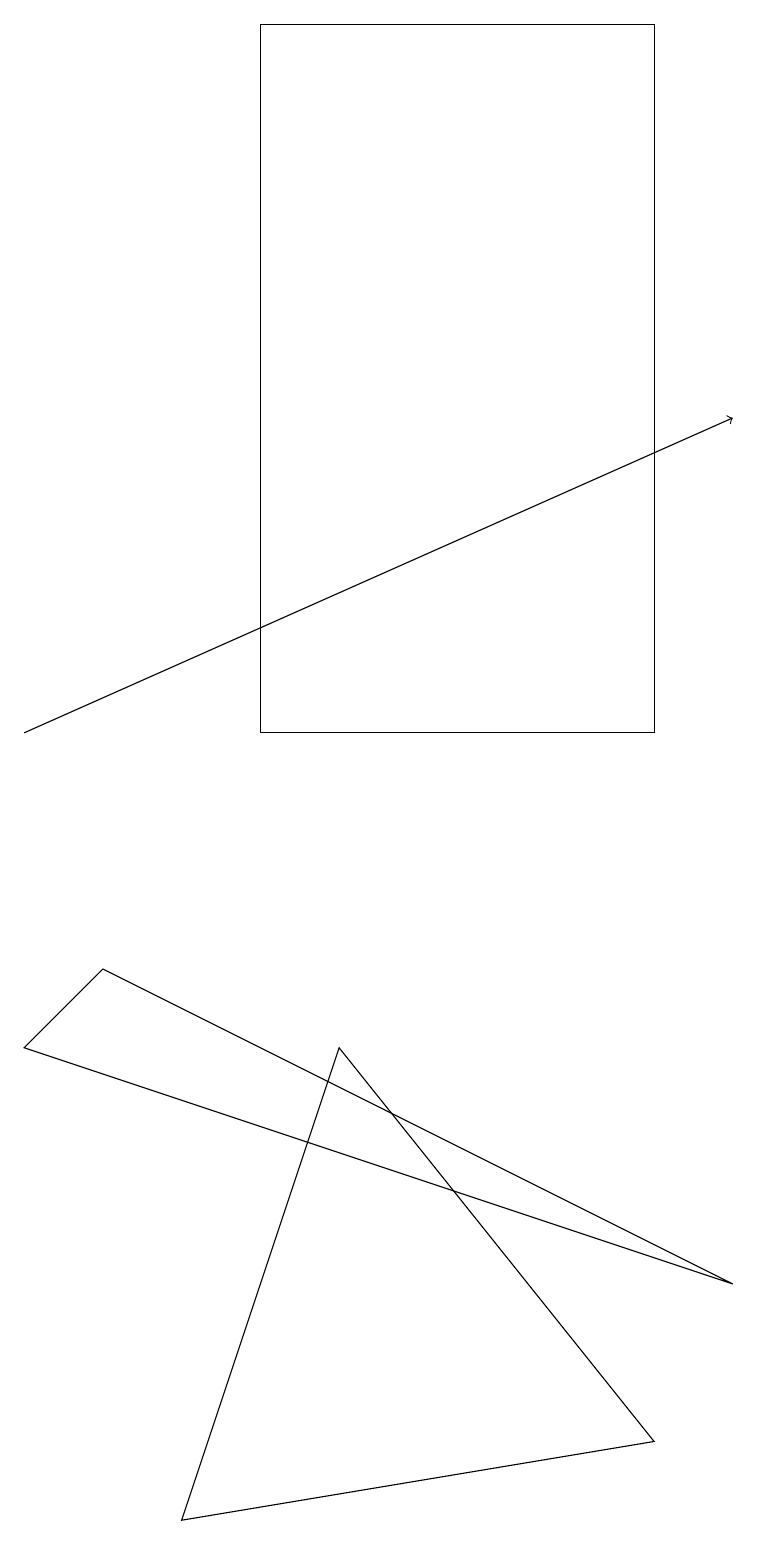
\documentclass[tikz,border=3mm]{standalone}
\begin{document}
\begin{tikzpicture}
\draw[->] (0,10) -- (9,14);
\draw (8,10) rectangle (3,19);
\draw (2,0) -- (8,1) -- (4,6) -- cycle;
\draw (0,6) -- (1,7) -- (9,3) -- cycle;
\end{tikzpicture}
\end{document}